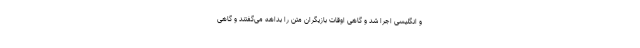
و انگلیسی اجرا شد و گاهی اوقات بازیگران متن را بداهه می‌گفتند و گاهی